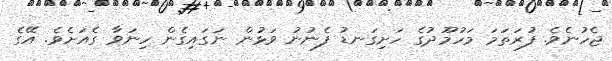
ޖެހުނެވެ. ފުރަތަމަ މަހުމޫދުގެ ހަށިގަނޑު ފެނުނު ވަޅުން ނަގައިގެން ހިނަވާ ގެއަށެވެ. އޭގެ